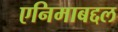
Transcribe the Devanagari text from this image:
एनिमाबद्दल